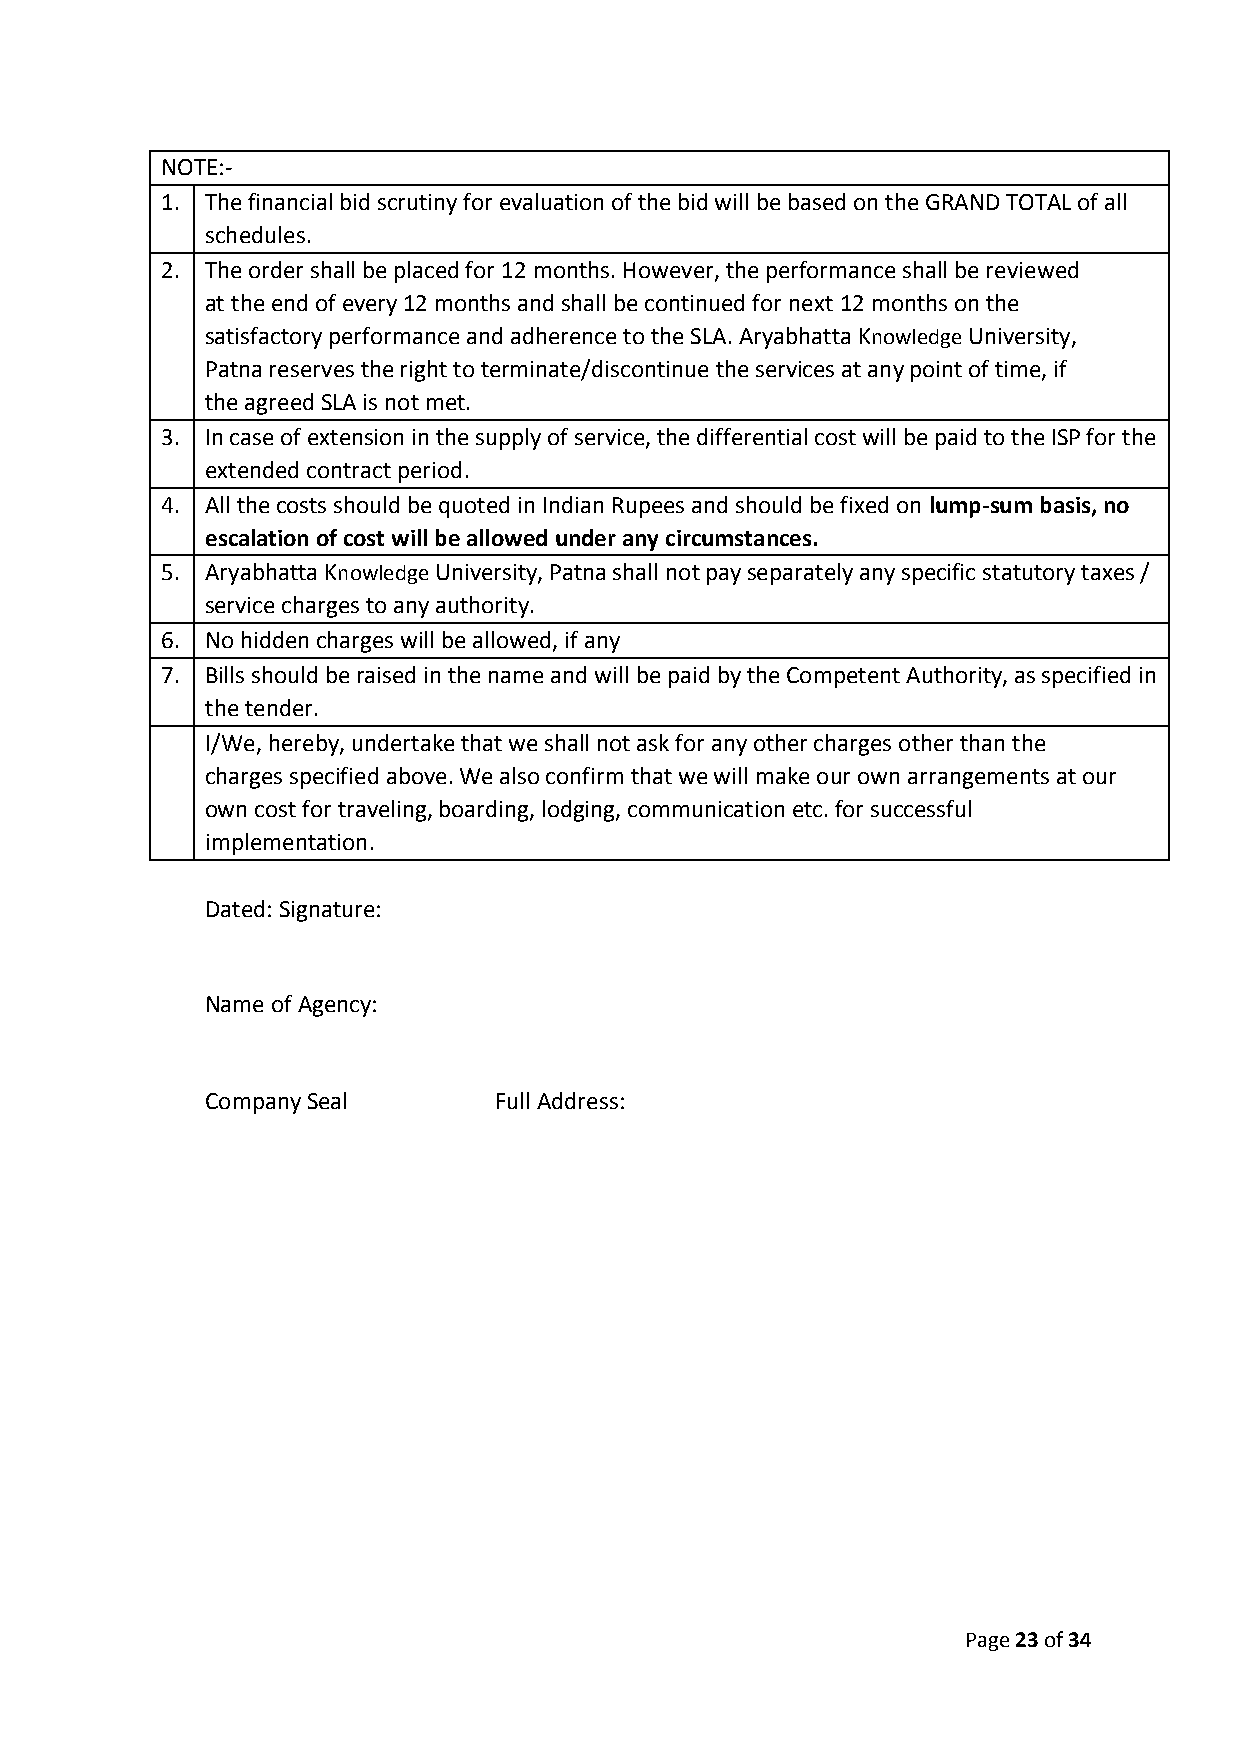
NOTE:-
 1. The financial bid scrutiny for evaluation of the bid will be based on the GRAND TOTAL of all
 schedules.
 2. The order shall be placed for 12 months. However, the performance shall be reviewed
 at the end of every 12 months and shall be continued for next 12 months on the
 satisfactory performance and adherence to the SLA. Aryabhatta Knowledge University,
 Patna reserves the right to terminate/discontinue the services at any point of time, if
 the agreed SLA is not met.
 3. In case of extension in the supply of service, the differential cost will be paid to the ISP for the
 extended contract period.
 4. All the costs should be quoted in Indian Rupees and should be fixed on lump-sum basis, no
 escalation of cost will be allowed under any circumstances.
 5. Aryabhatta Knowledge University, Patna shall not pay separately any specific statutory taxes /
 service charges to any authority.
 6. No hidden charges will be allowed, if any
 7. Bills should be raised in the name and will be paid by the Competent Authority, as specified in
 the tender.
 I/We, hereby, undertake that we shall not ask for any other charges other than the
 charges specified above. We also confirm that we will make our own arrangements at our
 own cost for traveling, boarding, lodging, communication etc. for successful
 implementation.
 Dated: Signature:
 Name of Agency:
 Company Seal       Full Address:
 Page 23 of 34